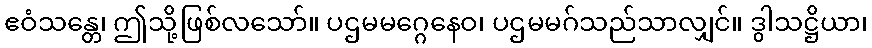
ဧဝံသန္တေ၊ ဤသို့ဖြစ်လသော်။ ပဌမမဂ္ဂေနေဝ၊ ပဌမမဂ်သည်သာလျှင်။ ဒွါသဋ္ဌိယာ၊